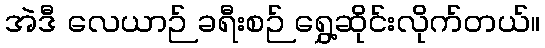
အဲဒီ လေယာဉ် ခရီးစဉ် ရွှေ့ဆိုင်းလိုက်တယ်။